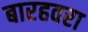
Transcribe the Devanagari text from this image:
बारहवरा